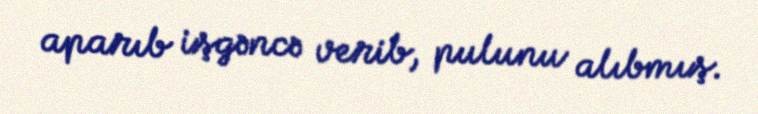
aparıb işgəncə verib, pulunu alıbmış.